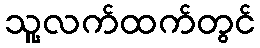
သူ့လက်ထက်တွင်